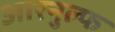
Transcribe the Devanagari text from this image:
आरनुल्फ